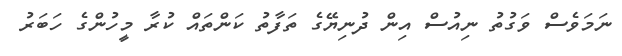
ނަމަވެސް ވަގުތު ނިއުސް އިން ދުނިޔޭގެ ތަފާތު ކަންތައް ކުރާ މީހުންގެ ހަބަރު